Bombay plague: being a history of the progress of plague in the Bombay presidency from September 1896 to June 1899
Year: 1896
Disease focus: Plague
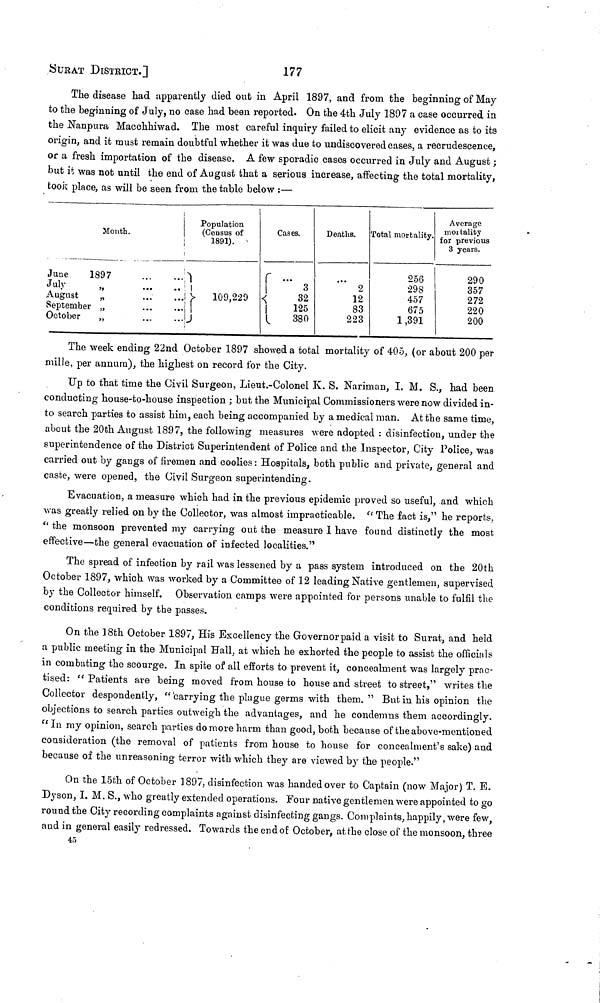
Surat DISTRICT.]
177
The disease had apparently died out in April 1897, and from the beginning of May
to the beginning of July, no case had been reported. On the 4th July 1897 a case occurred in
the Nanpura Macchhiwad. The most careful inquiry failed to elicit any evidence as to its
origin, and it must remain doubtful whether it was due to undiscovered cases, a recrudescence,
or a fresh importation of the disease. A few sporadic cases occurred in July and August ;
but it was not until the end of August that a serious increase, affecting the total mortality,
took place, as will be seen from the table below :—
Month.
June
1897
July
August
„
September „
October
,,
...
...
...
Population
(Census of
1891).
}
109,229
Cases.
...
3
32
125
380
Deaths.
2
12
83
223
Total mortality.
256
298
457
675
1,391
Average
mentality
for previous
3 years.
290
357
272
220
200
The week ending 22nd October 1897 showed a total mortality of 405, (or about 200 per
mille, per annum), the highest on record for the City.
Up to that time the Civil Surgeon, Lieut.-Colonel K. S. Nariman, I. M. S., had been
conducting house-to-house inspection ; but the Municipal Commissioners were now divided in-
to search parties to assist him, each being accompanied by a medical man. At the same time,
about the 20th August 1897, the following measures were adopted : disinfection, under the
superintendence of the District Superintendent of Police and the Inspector, City Police, was
carried out by gangs of firemen and coolies : Hospitals, both public and private, general and
caste, were opened, the Civil Surgeon superintending.
Evacuation, a measure which had in the previous epidemic proved so useful, and which
was greatly relied on by the Collector, was almost impracticable. " The fact is," he reports.
" the monsoon prevented my carrying out the measure I have found distinctly the most
effective—the general evacuation of infected localities."
The spread of infection by rail was lessened by a pass system introduced on the 20th
October 1897, which was worked by a Committee of 12 leading Native gentlemen, supervised
by the Collector himself. Observation camps were appointed for persons unable to fulfil the
conditions required by the passes.
On the 18th October 1897, His Excellency the Governor paid a visit to Surat, and held
a public meeting in the Municipal Hall, at which he exhorted the people to assist the officials
in combating the scourge. In spite of all efforts to prevent it, concealment was largely prac-
tised: "Patients are being moved from house to house and street to street," writes the
Collector despondently, " carrying the plague germs with them. " But in his opinion the
objections to search parties outweigh the advantages, and he condemns them accordingly.
"In my opinion, search parties do more harm than good, both because of the above-mentioned
consideration (the removal of patients from house to house for concealment's sake) and
because of the unreasoning terror with which they are viewed by the people."
On the 15th of October 1897, disinfection was handed over to Captain (now Major) T. E.
Dyson, I. M. S., who greatly extended operations. Four native gentlemen were appointed to go
round the City recording complaints against disinfecting gangs. Complaints, happily, were few,
and in general easily redressed. Towards the end of October, at the close of the monsoon, three
45